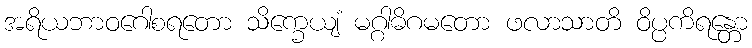
အရိယဘာဝဂေါစရတော သိက္ခေယျံ မဂ္ဂါဓိဂမတော ဖလာသာတိ ဝိပ္ပကိရန္တော